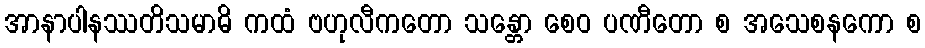
အာနာပါနဿတိသမာဓိ ကထံ ဗဟုလီကတော သန္တော စေဝ ပဏီတော စ အသေစနကော စ